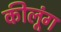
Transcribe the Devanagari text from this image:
कीलूंग